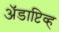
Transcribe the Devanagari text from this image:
अॅडाप्टिव्ह